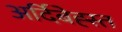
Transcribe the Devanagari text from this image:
अर्दिबेह्स्त